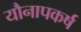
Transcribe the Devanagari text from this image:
यौनापकर्ष